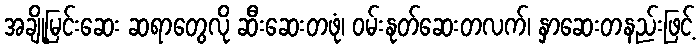
အချို့မြင်းဆေး ဆရာတွေလို ဆီးဆေးတဖုံ၊ ဝမ်းနုတ်ဆေးတလက်၊ နှာဆေးတနည်းဖြင့်